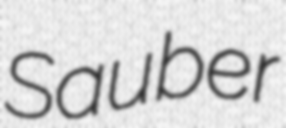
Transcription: Sauber